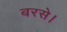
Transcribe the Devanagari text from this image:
बरसे।